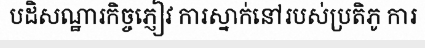
បដិសណ្ឋារកិច្ចភ្ញៀវ ការស្នាក់នៅរបស់ប្រតិភូ ការ